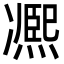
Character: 凞